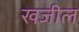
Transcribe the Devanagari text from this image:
खजील